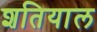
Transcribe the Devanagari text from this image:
शतियाल